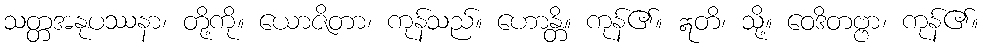
သတ္တအနုပဿနာ၊ တို့ကို။ ယောဇိတာ၊ ကုန်သည်။ ဟောန္တိ။ ကုန်၏။ ဣတိ၊ သို့။ ဝေဒိတဗ္ဗာ၊ ကုန်၏။